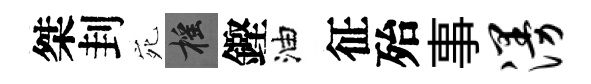
桀刲宛摇鏗油征殆事漫